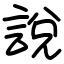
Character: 說